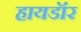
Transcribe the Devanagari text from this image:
हायडॉर